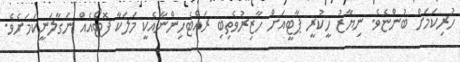
ހުރިކަމަށް ބުންޏެވެ. ނިޔާޒު ހީކުރީ ޕާޓީއަށް ހާޒިރުވެތިބި ރައްޓެހިންނާއެކީ މަލަކާ ފޮޓޯއެއް ނަގާލަނީކަމަށެވެ.